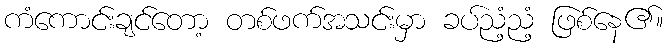
ကံကောင်းချင်တော့ တစ်ဖက်အသင်းမှာ ခပ်ညံ့ညံ့ ဖြစ်နေ၏။